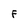
Character: F